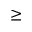
\geq